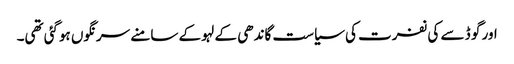
اور گو ڈ سے کی نفرت کی سیاست گاندھی کے لہو کے سامنے سرنگوں ہوگئی تھی۔